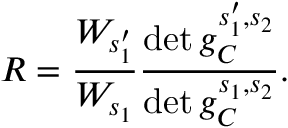
R = \frac { W _ { s _ { 1 } ^ { \prime } } } { W _ { s _ { 1 } } } \frac { \operatorname* { d e t } g _ { C } ^ { s _ { 1 } ^ { \prime } , s _ { 2 } } } { \operatorname* { d e t } g _ { C } ^ { s _ { 1 } , s _ { 2 } } } .